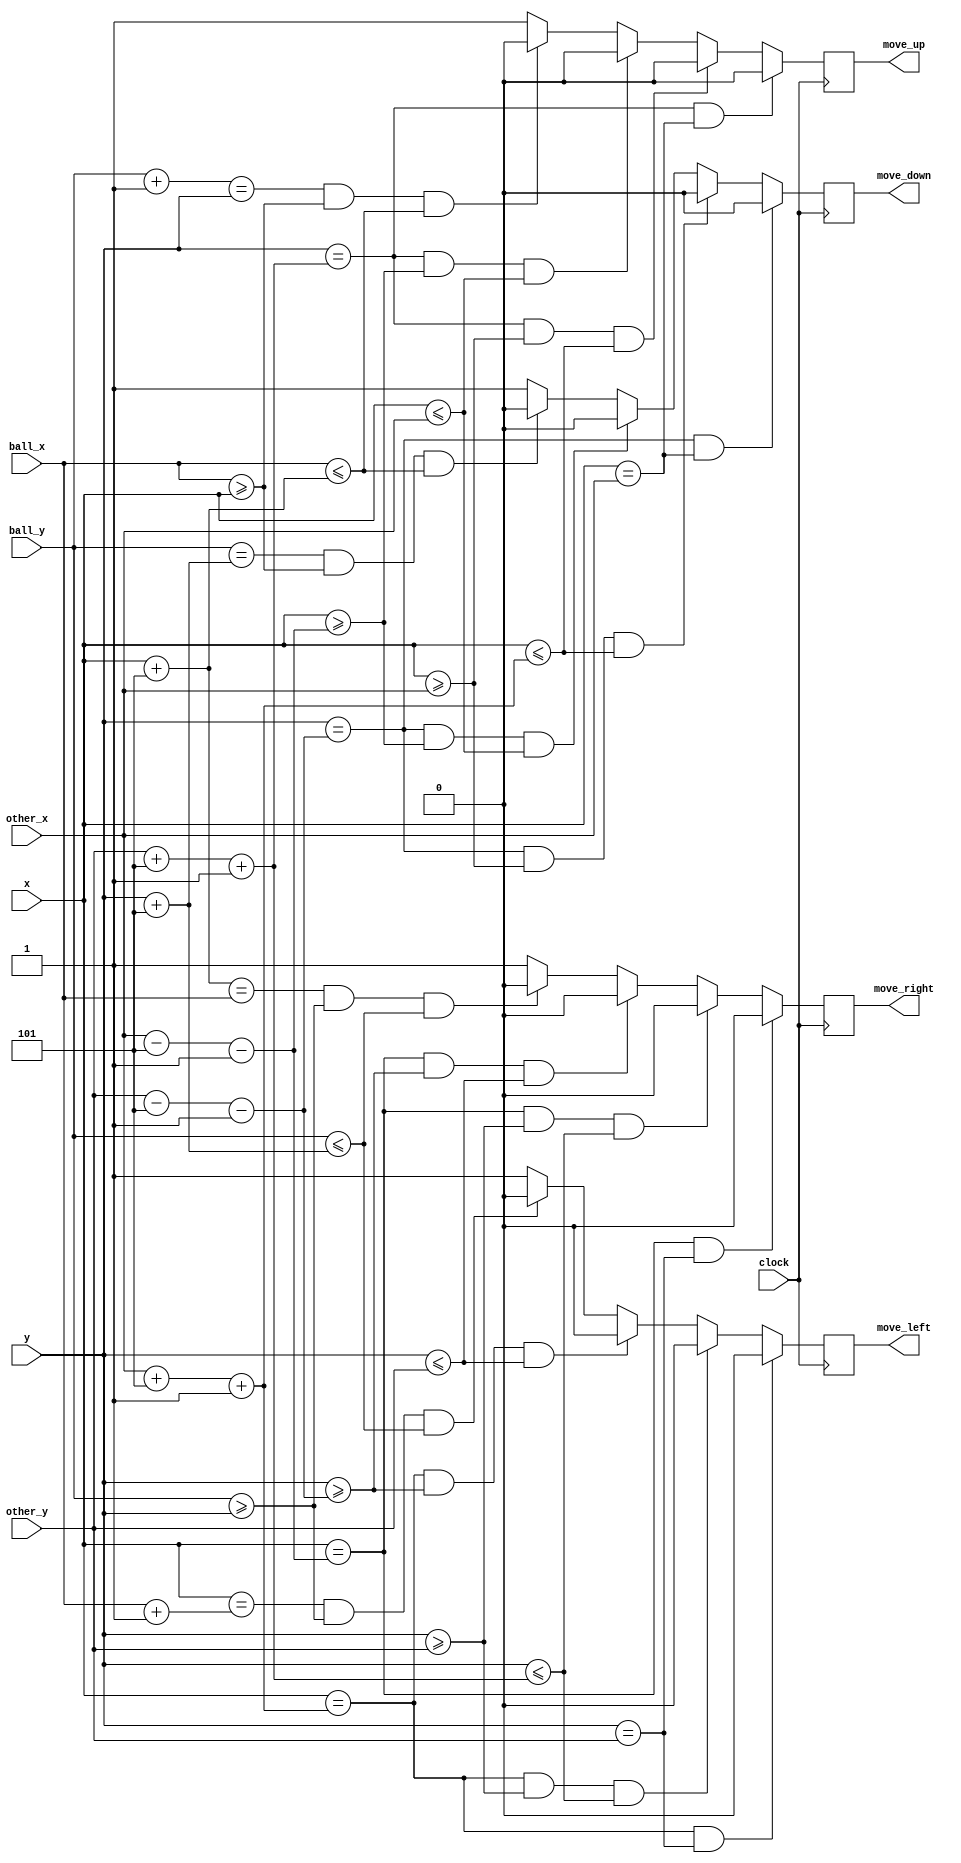
module player_collision(clock, x, y, other_x, other_y, ball_x, ball_y, move_right, move_left, move_up, move_down);
	input clock;
	
	//current player position
	input [7:0] x;
	input [6:0] y;
	
	//takes current positon of other player (for player collision)
	input [7:0] other_x, ball_x;
	input [6:0] other_y, ball_y;
	
	output reg move_right, move_left, move_up, move_down;
	
	//player size used to determine if the player is colliding
	localparam player_size = 3'b101;
	localparam offset = 1'b1;
	
	always @(posedge clock) begin
	
	//player collison ===================================================================================================
		//moving right collision
		if(x == other_x - player_size - offset && y == other_y)
			move_right <= 0;
		else if(x == other_x - player_size - offset && y >= other_y && y <= other_y + player_size + offset )
			move_right <= 0;
		else if(x == other_x - player_size - offset  && y >= other_y - player_size - offset  && y <= other_y)
			move_right <= 0;
		else if(x + player_size == ball_x && ball_y >= y && ball_y <= y + player_size)
			move_right <= 0;
		else
			move_right <= 1;
			
		//moving left collision
		if(x == other_x + player_size + offset  && y == other_y)
			move_left <= 0;
		else if(x == other_x + player_size + offset  && y >= other_y && y <= other_y + player_size + offset )
			move_left <= 0;
		else if(x == other_x + player_size + offset  && y >= other_y - player_size - offset  && y <= other_y)
			move_left <= 0;
		else if(x == ball_x + offset && ball_y >= y && ball_y <= y + player_size)
			move_left <= 0;
		else
			move_left <= 1;
		
		//moving up collison
		if(y == other_y + player_size + offset && x == other_x)
			move_up <= 0;
		else if(y == other_y + player_size + offset && x >= other_x && x <= other_x + player_size + offset)
			move_up <= 0;
		else if(y == other_y + player_size + offset && x >= other_x - player_size - offset && x <= other_x)
			move_up <= 0;
		else if(ball_y + offset == y && ball_x >= x && ball_x <= x + player_size)
			move_up <= 0;
		else
			move_up <= 1;
			
		//moving down collision
		if(y == other_y - player_size - offset  && x == other_x)
			move_down <= 0;
		else if(y == other_y - player_size - offset  && x >= other_x && x <= other_x + player_size + offset)
			move_down <= 0;
		else if(y == other_y - player_size - offset  && x >= other_x - player_size - offset  && x <= other_x)
			move_down <= 0;
		else if(ball_y == y + player_size && ball_x >= x && ball_x <= x + player_size)
			move_down <= 0;
		else
			move_down <= 1;		
end
endmodule